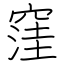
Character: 窪